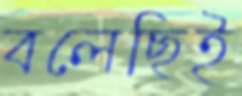
বলেছিই